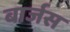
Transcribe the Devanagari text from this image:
बार्जस